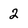
Character: 2